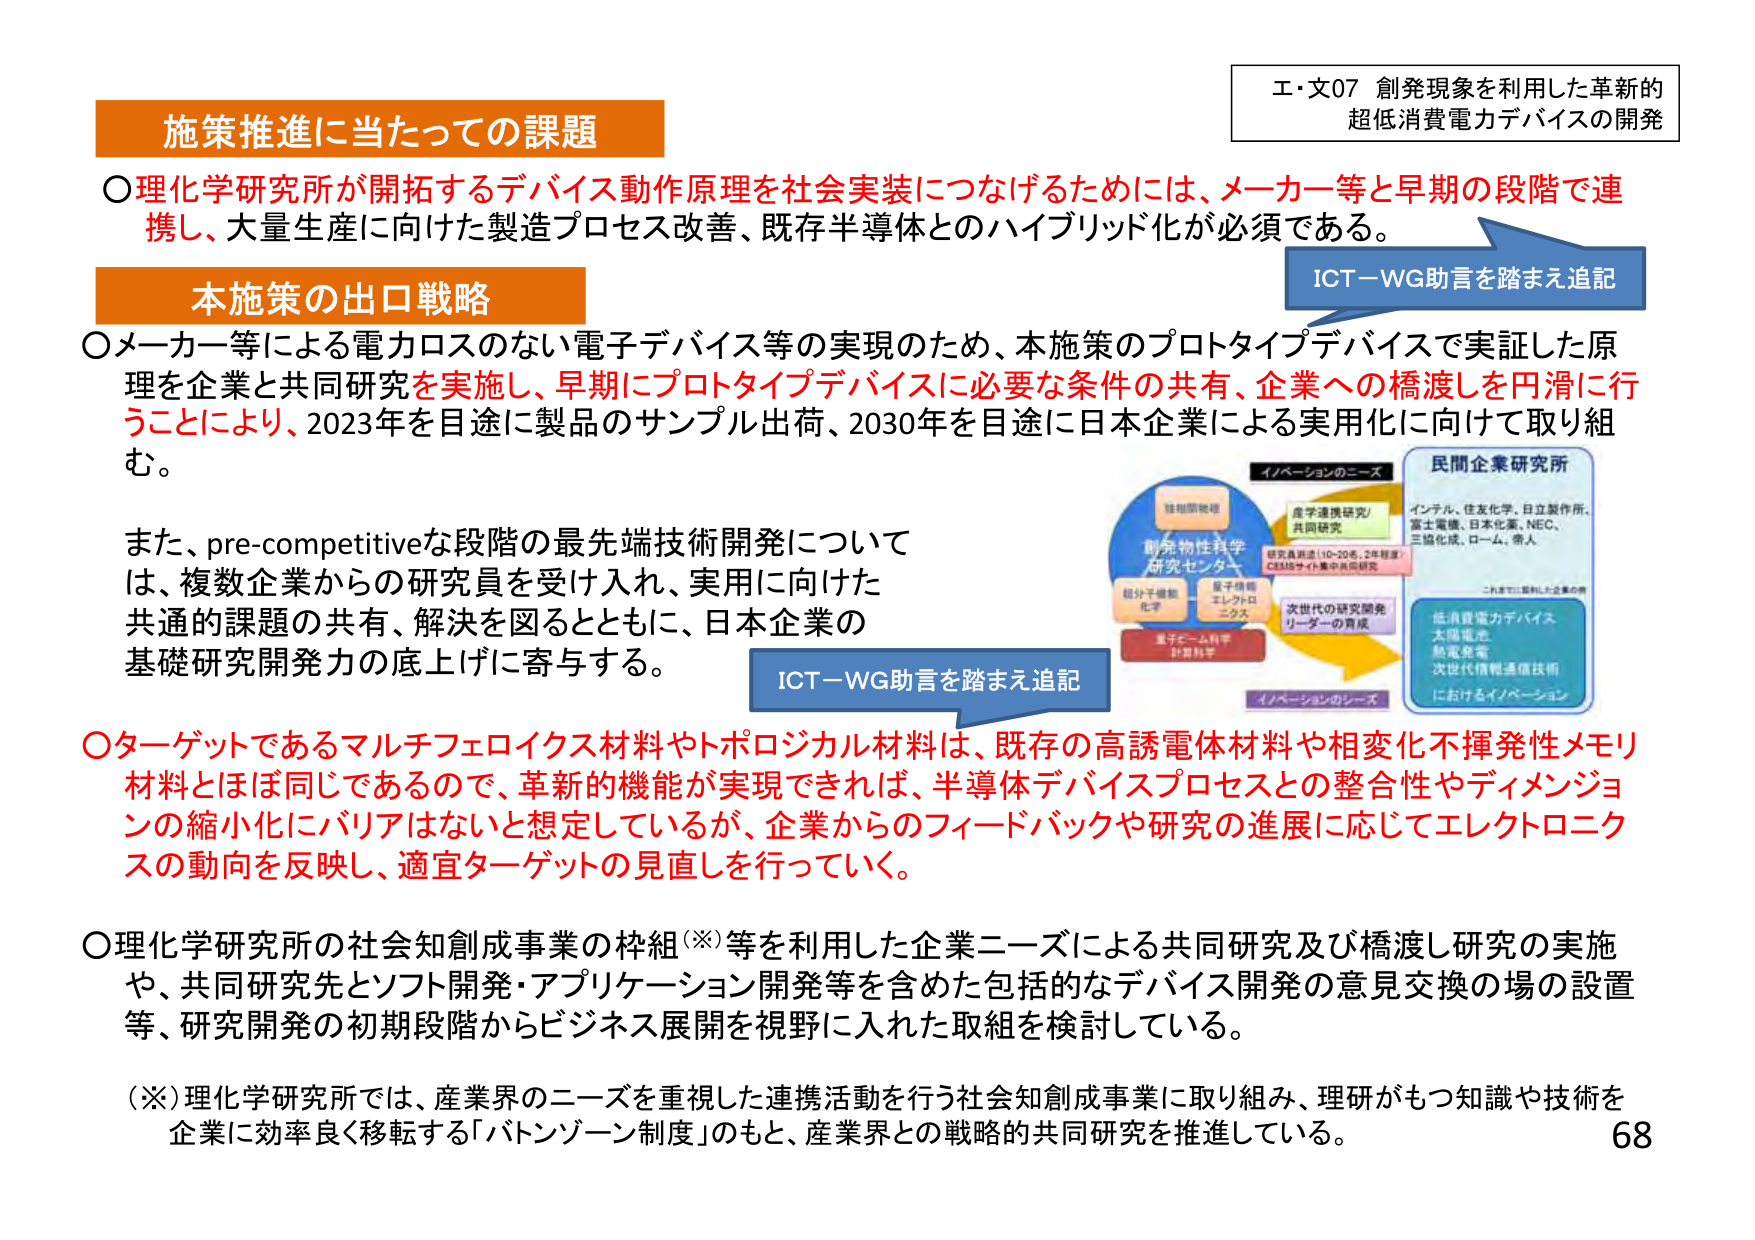
エ・文07 創発現象を利用した革新的
超低消費電力デバイスの開発

施策推進に当たっての課題
〇理化学研究所が開拓するデバイス動作原理を社会実装につなげるためには、メーカー等と早期の段階で連携し、大量生産に向けた製造プロセス改善、既存半導体とのハイブリッド化が必須である。

本施策の出口戦略
〇メーカー等による電力ロスのない電子デバイス等の実現のため、本施策のプロトタイプデバイスで実証した原理を企業と共同研究を実施し、早期にプロトタイプデバイスに必要な条件の共有、企業への橋渡しを円滑に行うことにより、2023年を目途に製品のサンプル出荷、2030年を目途に日本企業による実用化に向けて取り組む。

また、pre-competitiveな段階の最先端技術開発については、複数企業からの研究員を受け入れ、実用に向けた共通的課題の共有、解決を図るとともに、日本企業の基礎研究開発力の底上げに寄与する。

〇ターゲットであるマルチフェロイクス材料やトポロジカル材料は、既存の高誘電体材料や相変化不揮発性メモリ材料とほぼ同じであるので、革新的機能が実現できれば、半導体デバイスプロセスとの整合性やディメンジョンの縮小化にバリアはないと想定しているが、企業からのフィードバックや研究の進展に応じてエレクトロニクスの動向を反映し、適宜ターゲットの見直しを行っていく。

〇理化学研究所の社会知創成事業の枠組（※）等を利用した企業ニーズによる共同研究及び橋渡し研究の実施や、共同研究先とソフト開発・アプリケーション開発等を含めた包括的なデバイス開発の意見交換の場の設置等、研究開発の初期段階からビジネス展開を視野に入れた取組を検討している。

（※）理化学研究所では、産業界のニーズを重視した連携活動を行う社会知創成事業に取り組み、理研がもつ知識や技術を企業に効率良く移転する「バトンゾーン制度」のもと、産業界との戦略的共同研究を推進している。

ICT－WG助言を踏まえ追記
ICT－WG助言を踏まえ追記

イノベーションのニーズ
創発物性科学研究センター
強相関物質
量子連携研究/共同研究
研究員派遣（10-20名、2年程度）
CESMSサイト集中共同研究
超分子機能化学
量子情報エレクトロニクス
量子ビーム科学計測科学
次世代の研究開発リーダーの育成
イノベーションのシーズ

民間企業研究所
インテル、住友化学、日立製作所、
富士電機、日本化薬、NEC、
三協化成、ローム、等人
これまでに協力した企業の例
低消費電力デバイス
太陽電池
熱電発電
次世代情報通信技術
におけるイノベーション

68